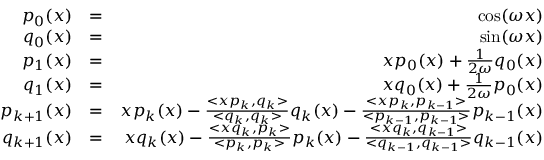
\begin{array} { r l r } { p _ { 0 } ( x ) } & { = } & { \cos ( \omega x ) } \\ { q _ { 0 } ( x ) } & { = } & { \sin ( \omega x ) } \\ { p _ { 1 } ( x ) } & { = } & { x p _ { 0 } ( x ) + \frac { 1 } { 2 \omega } q _ { 0 } ( x ) } \\ { q _ { 1 } ( x ) } & { = } & { x q _ { 0 } ( x ) + \frac { 1 } { 2 \omega } p _ { 0 } ( x ) } \\ { p _ { k + 1 } ( x ) } & { = } & { x p _ { k } ( x ) - \frac { < x p _ { k } , q _ { k } > } { < q _ { k } , q _ { k } > } q _ { k } ( x ) - \frac { < x p _ { k } , p _ { k - 1 } > } { < p _ { k - 1 } , p _ { k - 1 } > } p _ { k - 1 } ( x ) } \\ { q _ { k + 1 } ( x ) } & { = } & { x q _ { k } ( x ) - \frac { < x q _ { k } , p _ { k } > } { < p _ { k } , p _ { k } > } p _ { k } ( x ) - \frac { < x q _ { k } , q _ { k - 1 } > } { < q _ { k - 1 } , q _ { k - 1 } > } q _ { k - 1 } ( x ) } \end{array}